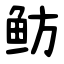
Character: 鲂